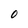
Character: O